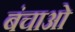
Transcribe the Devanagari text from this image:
बंचाओ